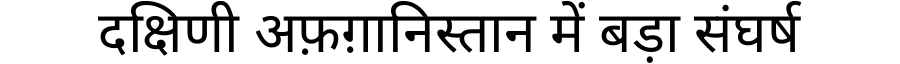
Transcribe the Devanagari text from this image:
दक्षिणी अफ़ग़ानिस्तान में बड़ा संघर्ष